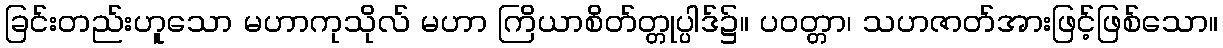
ခြင်းတည်းဟူသော မဟာကုသိုလ် မဟာ ကြိယာစိတ်တ္တုပ္ပါဒ်၌။ ပဝတ္တာ၊ သဟဇာတ်အားဖြင့်ဖြစ်သော။